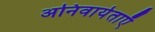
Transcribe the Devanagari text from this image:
अनिवार्यताएँ